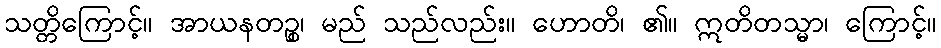
သတ္တိကြောင့်။ အာယနတဉ္စ၊ မည် သည်လည်း။ ဟောတိ၊ ၏။ ဣတိတသ္မာ၊ ကြောင့်။